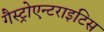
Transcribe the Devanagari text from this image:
गैस्ट्रोएन्टराइटिस